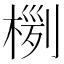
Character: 𣖊